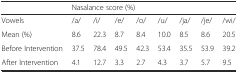
<table><thead><tr><td></td><td colspan="8"><b>Nasalance score (%)</b></td></tr></thead><tbody><tr><td>Vowels</td><td>/a/</td><td>/i/</td><td>/e/</td><td>/o/</td><td>/u/</td><td>/ja/</td><td>/je/</td><td>/wi/</td></tr><tr><td>Mean (%)</td><td>8.6</td><td>22.3</td><td>8.7</td><td>8.4</td><td>10.0</td><td>8.5</td><td>8.6</td><td>20.5</td></tr><tr><td>Before Intervention</td><td>37.5</td><td>78.4</td><td>49.5</td><td>42.3</td><td>53.4</td><td>35.5</td><td>53.9</td><td>39.2</td></tr><tr><td>After Intervention</td><td>4.1</td><td>12.7</td><td>3.3</td><td>2.7</td><td>4.3</td><td>3.7</td><td>5.7</td><td>9.5</td></tr></tbody></table>